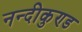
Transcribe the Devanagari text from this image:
नन्दीकुण्ड